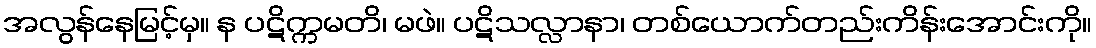
အလွန်နေမြင့်မှ။ န ပဋိက္ကမတိ၊ မဖဲ။ ပဋိသလ္လာနာ၊ တစ်ယောက်တည်းကိန်းအောင်းကို။